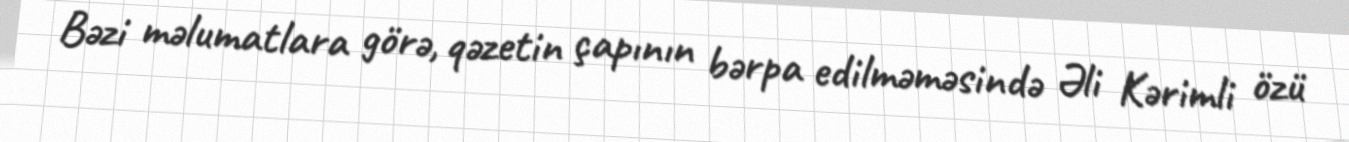
Bəzi məlumatlara görə, qəzetin çapının bərpa edilməməsində Əli Kərimli özü